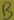
Text: B